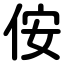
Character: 侒